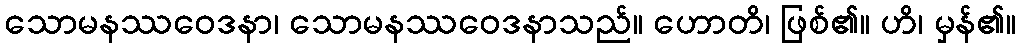
သောမနဿဝေဒနာ၊ သောမနဿဝေဒနာသည်။ ဟောတိ၊ ဖြစ်၏။ ဟိ၊ မှန်၏။